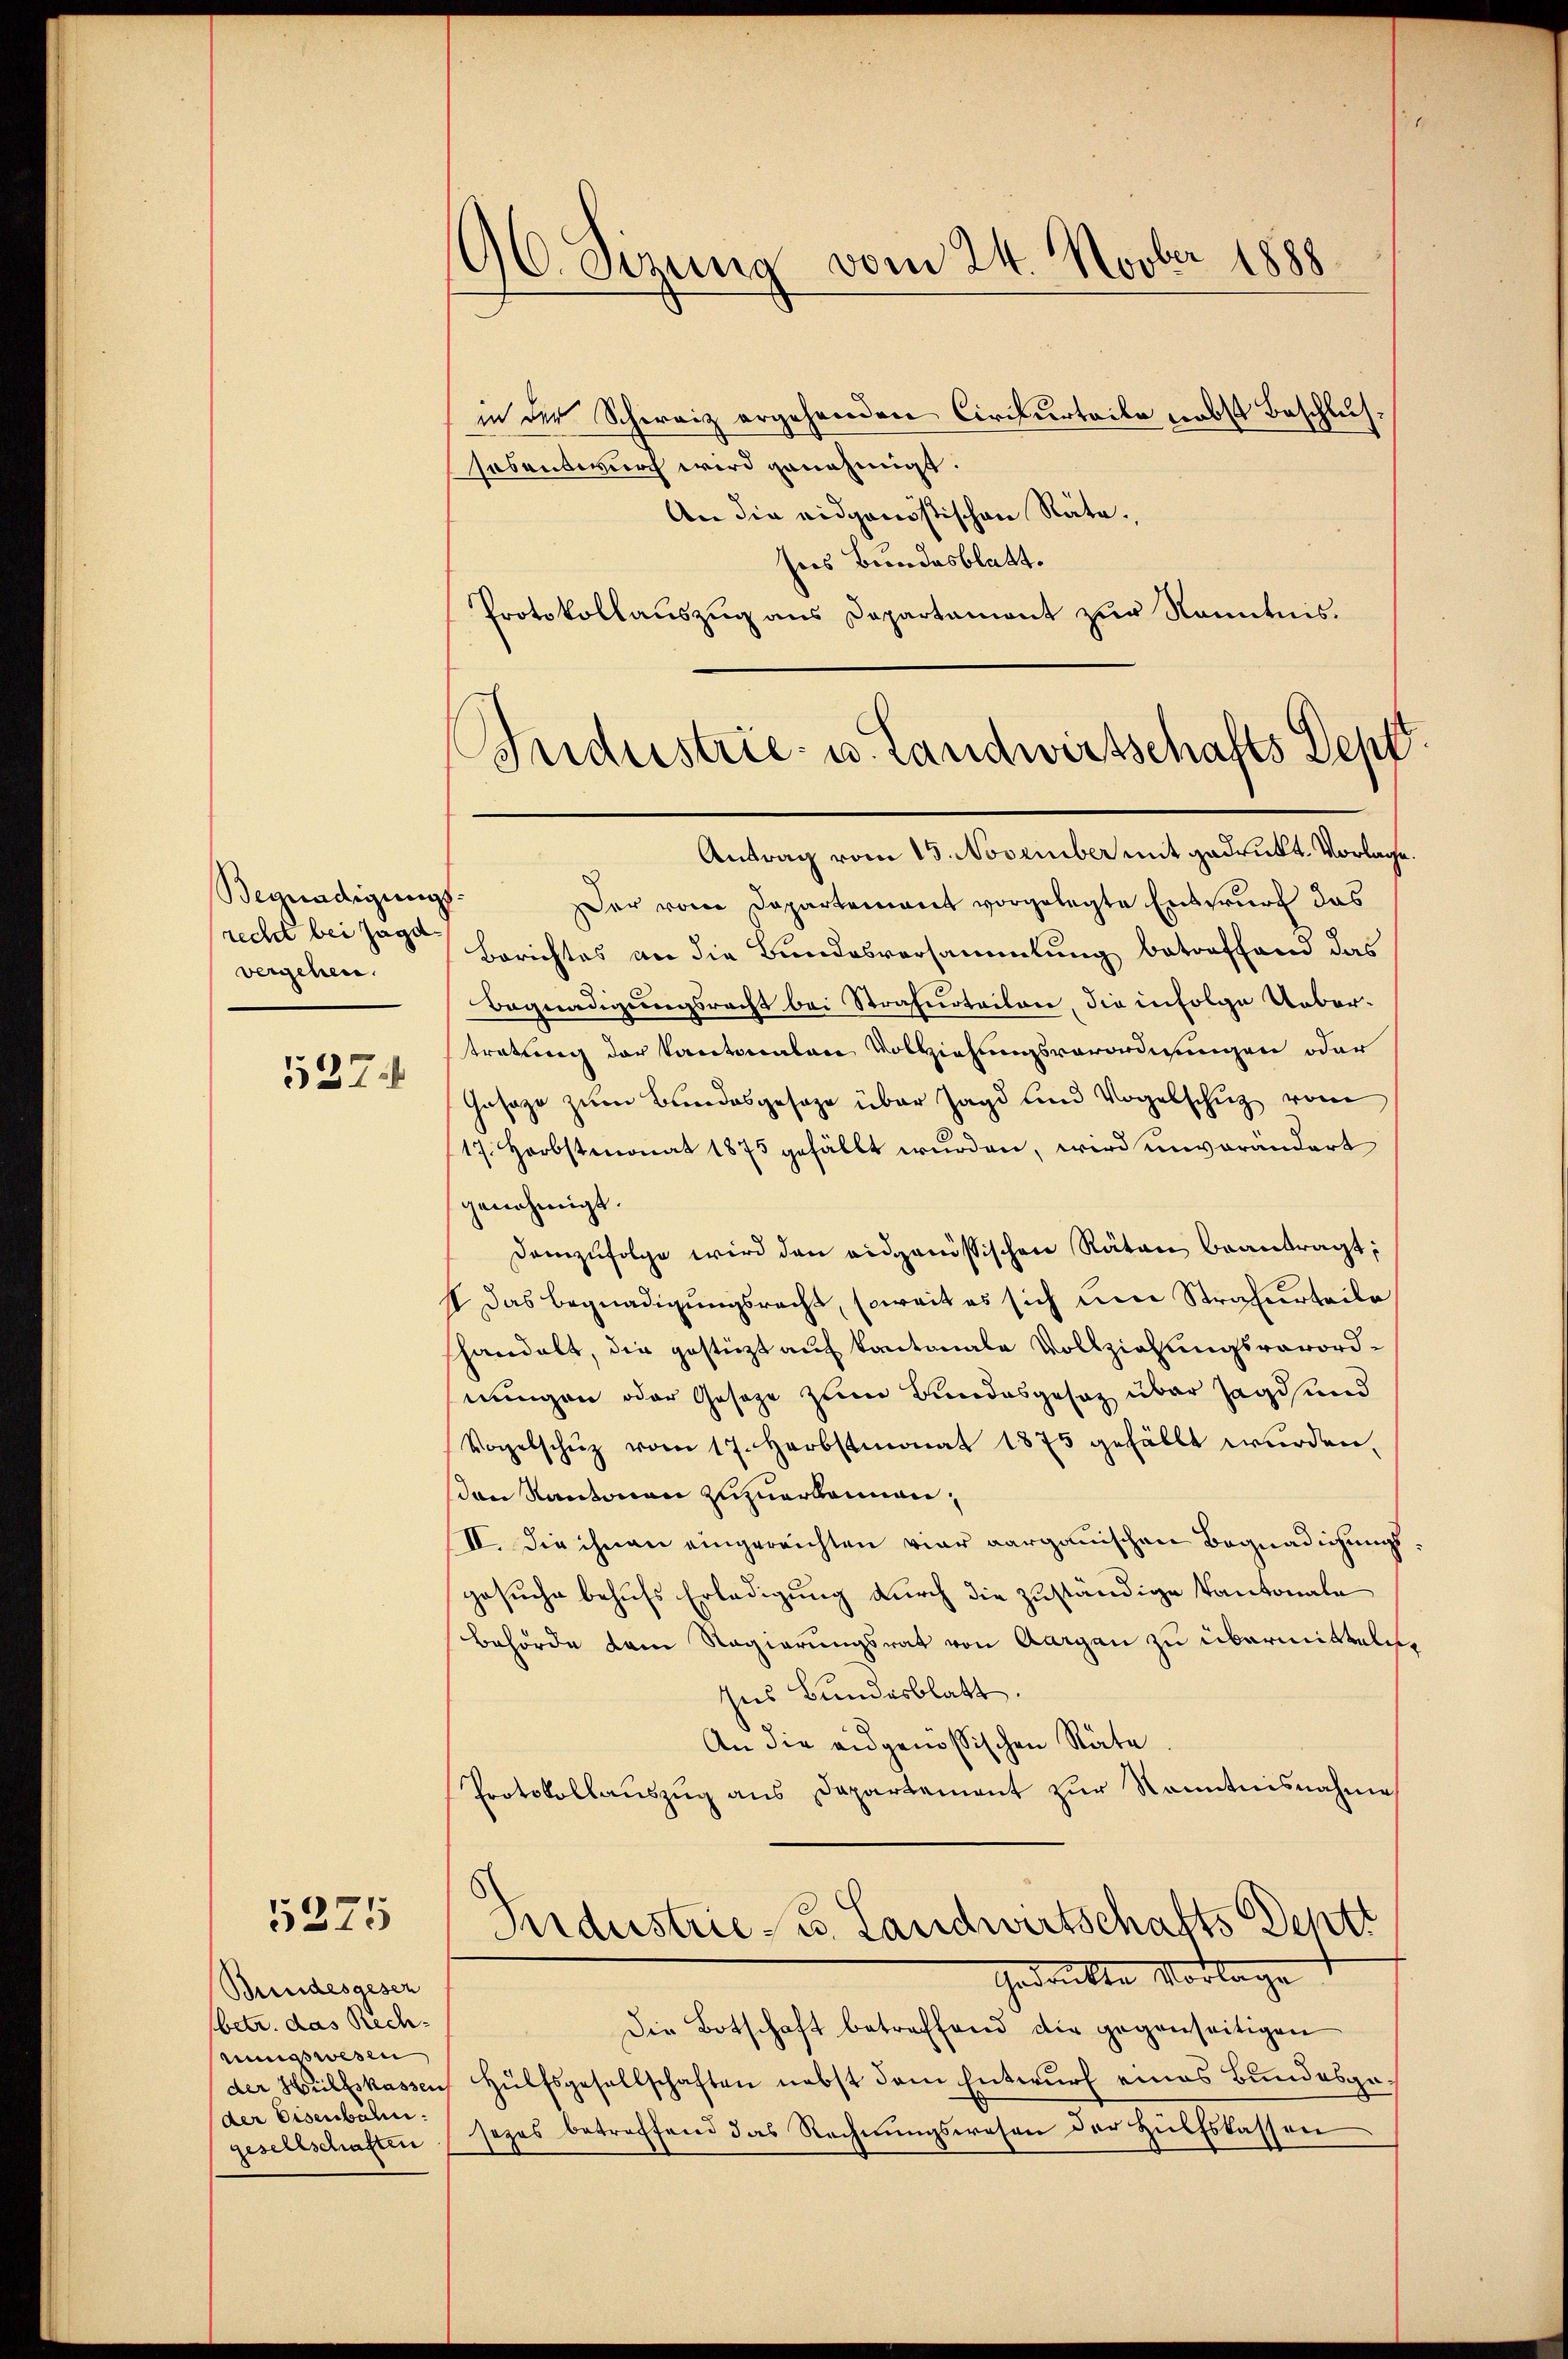
Begnadigungs-
recht bei Jagdvergehen.

537.

5275

Bundesgesen
(betr. das Rechnungswesen
der Hülfskassen
(der Eisenbahn.
gesellschaften

96. Sizung vom 24. Novber 1888
in der Schweiz ergehenden Circurteile nebst Beschlus¬

hosentwurf wird genehmigt.
An die eidgenössischen Rätesies Bundesblatt.
Protokollauszug aus Departament zur Kenntnis.
Industrie- u. Landwirtschafts Dep

Antrag vom 15. November mit gedruckt. Vorlage.
Der von Departement vorgelegte Entwurf das
Berichtes an die Bundesversammlung betreffend das
Begnadigungsrecht bei Strafurteilen, die infolge Uebertretung der Kantonalen Vollziehungsverordnungen oder
Gesage zum Bundesgesage über Jagd und Vogelschutz vom
17. Herbstmonat 1875 gefällt wurden, wird unverändert
genehmigt
Demzufolge wird den eidgenössischen Räten beantragt;
s das Begnadigungsrecht, soweit es sich um Strafurteile
handelt, die gestützt auf kantonale Vollziehungsverordnungen oder Gesetze zum Bundesgesetz über Jagdund
Vogelschŭz vom 17. Herbstmonat 1875 gefällt wŭrden.
on Kantonen zuzuerkennen,
II. Die ihnen eingereichten vier aargauischen Begnadigungsgesuche behufs Erledigung durch die zuständige Kantonale
Behörde dem Regierungsrat von Aargau zu übermitteln
Ins Bundesblatt.
An die eidgenössischen Räte
Protokollauszug aus Departement zur Kenntnisnahme
Industrie - u. Landwirtschafts Dentt
Gedankte Vorlage
Die Botschaft betreffend die gegenseitigen
Hülfsgesellschaften nebst dem Entwurf eines Bundesgesezes betreffend das Rechnungswesen der Hülfskassen